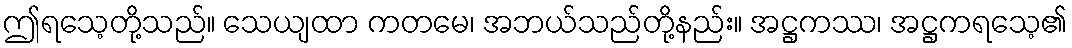
ဤရသေ့တို့သည်။ သေယျထာ ကတမေ၊ အဘယ်သည်တို့နည်း။ အဋ္ဌကဿ၊ အဋ္ဌကရသေ့၏